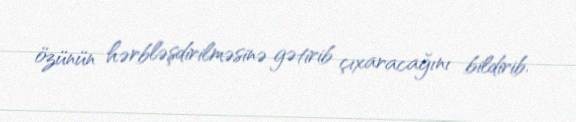
özünün hərbləşdirilməsinə gətirib çıxaracağını bildirib.